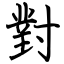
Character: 對